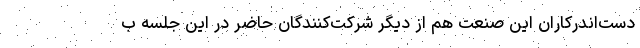
دست‌اندرکاران این صنعت هم از دیگر شرکت‌کنندگان حاضر در این جلسه ب